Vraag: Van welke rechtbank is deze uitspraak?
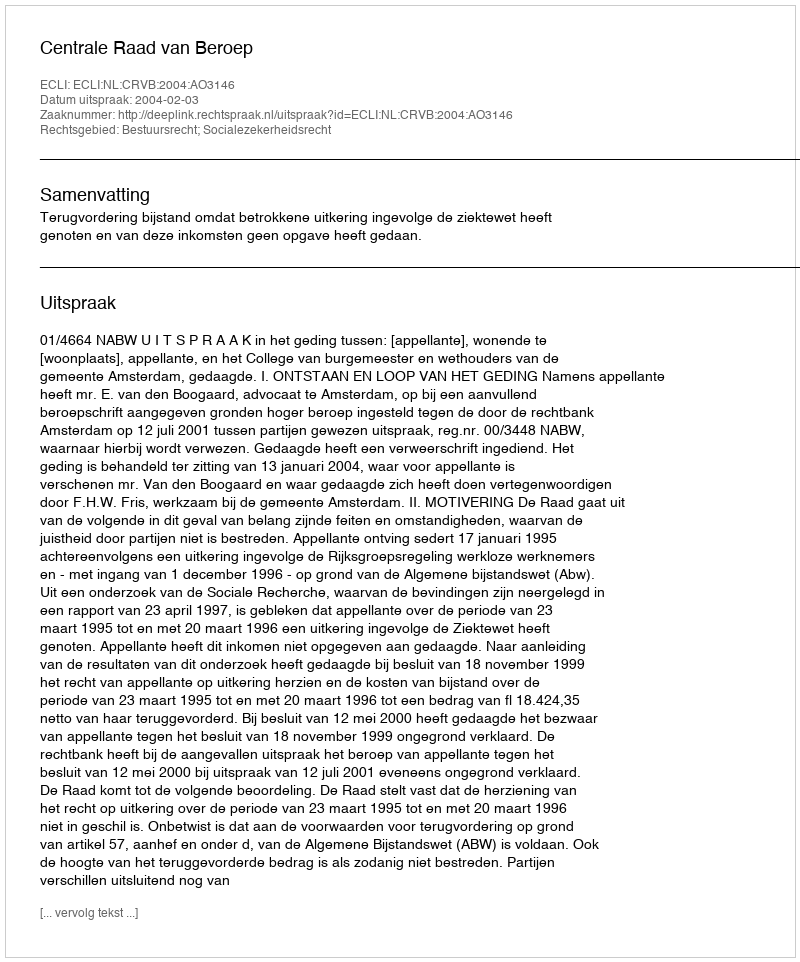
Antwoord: Centrale Raad van Beroep